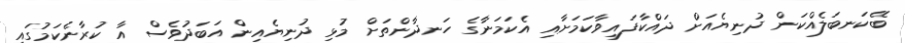
ބޭކަނބަލެއްކަން ދުނިޔެއަށް ދައްކާފައިވާކަމަށާއި އެކަމަނާގެ ހަނދާންތަށް މުޅި ދުނިޔެއިން އަބަދުވެސް އާ ކުރާނެކަމުގައި